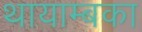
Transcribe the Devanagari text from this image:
थायाम्बका